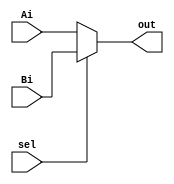
`timescale 1ns / 1ps
//////////////////////////////////////////////////////////////////////////////////
// Company: 
// Engineer: 
// 
// Design Name: 
// Module Name:    single_mux5 
// Project Name: 
// Target Devices: 
// Tool versions: 
// Description: 
//
// Dependencies: 
//
// Revision: 
// Revision 0.01 - File Created
// Additional Comments: 
//
//////////////////////////////////////////////////////////////////////////////////
module single_mux5(Ai,Bi,sel,out);
 		 input [4:0] Ai;
  		input [4:0] Bi;
  		input sel;
  		output [4:0] out;
  
  		assign out[4:0] = (sel == 1) ? (Bi[4:0]) : (Ai[4:0]);
endmodule